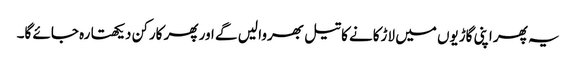
یہ پھر اپنی گاڑیوں میں لاڑکانے کا تیل بھروا لیں گے اور پھر کارکن دیکھتا رہ جائے گا۔